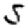
Digit: 5